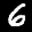
Label: 6